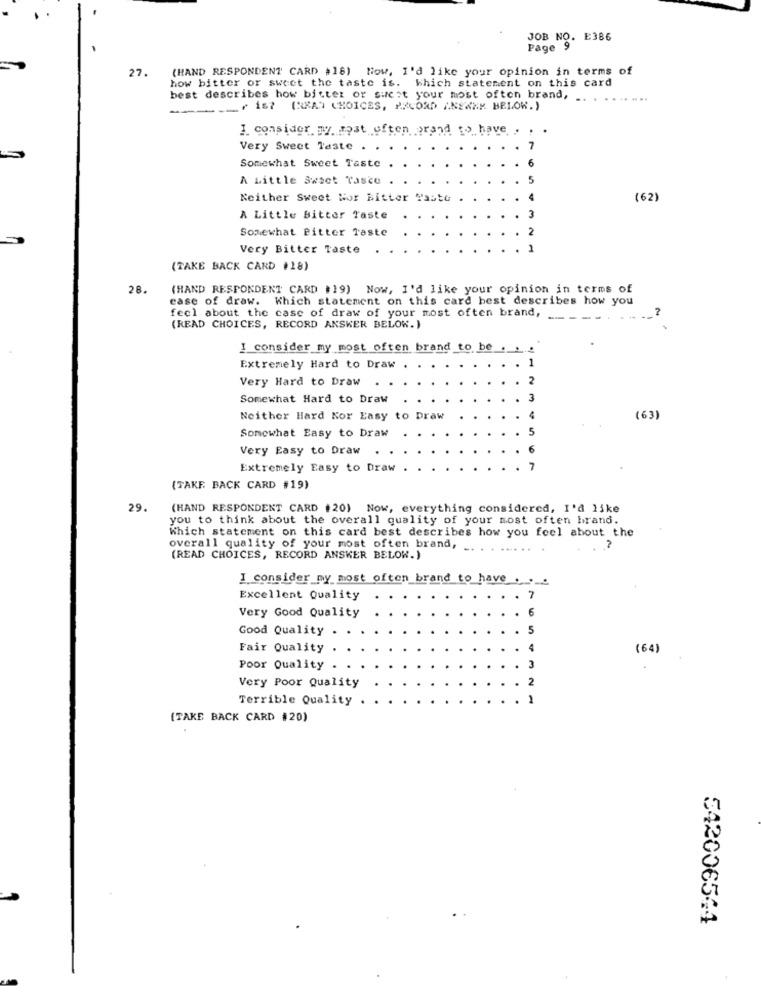
JOB NO. E386
Page 9
27.
(HAND RESPONDENT CARD #18) Now, I'd like your opinion in terms of
how bitter or sweet the taste is. which statement on this card
best describes how bitter or sucht your most often brand, ..
......
----- r 167 (RRAS CHOICES, PRCORD "NEWZY BELOW.)
1. consider my most often prand to have . .
Very Sweet Taste
7
Somewhat Sweet Taste
A Little Swiet Tasce
Neither Sweet Wor bitter Taste
(62)
A Little Bitter Taste
Somewhat Bitter Taste
Very Bitter Taste
(TAKE BACK CARD #18)
28.
(HAND RESPONDENT CARD #19) Now, I'd like your opinion in terms of
ease of draw. Which statement on this card best describes how you
feel about the case of draw of your most often brand,
(READ CHOICES, RECORD ANSKER BELOW.)
I consider my most often brand to be . ...
1
Extremely Hard to Draw .
Very Hard to Draw
Somewhat Hard to Draw
Neither Hard Kor Easy to Draw
(63)
Somewhat Easy to Draw
Very Easy to Draw
Extremely Easy to Draw
(TAKE BACK CARD #19)
29.
(HAND RESPONDENT CARD 120) Now, everything considered, I'd like
you to think about the overall quality of your most often brand.
Which statement on this card best describes how you feel about the
overall quality of your most often brand ,.
(READ CHOICES, RECORD ANSKER BELOW.)
I consider my most often brand to have ..
Excellent Quality
7
6
Very Good Quality
Good Quality .
Fair Quality
(64)
Poor Quality
Very Poor Quality
Terrible Quality
(TAKE BACK CARD #20)
542006544